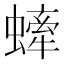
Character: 𧐤